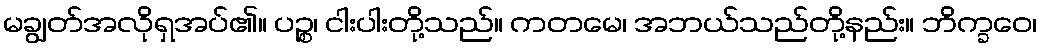
မချွတ်အလိုရှအပ်၏။ ပဉ္စ၊ ငါးပါးတို့သည်။ ကတမေ၊ အဘယ်သည်တို့နည်း။ ဘိက္ခဝေ၊